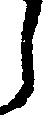
し